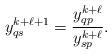
LaTeX: \begin{align*}y_{qs}^{k+\ell+1} =\frac{y_{qp}^{k+\ell}}{y_{sp}^{k+\ell }}.\end{align*}